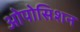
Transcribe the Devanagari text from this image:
ओपोसिशन